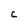
Character: C